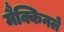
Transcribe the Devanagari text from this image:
मैक्किनले